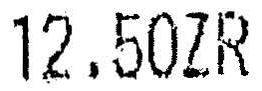
12.50ZR